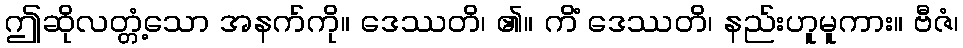
ဤဆိုလတ္တံ့သော အနက်ကို။ ဒေဿတိ၊ ၏။ ကိံ ဒေဿတိ၊ နည်းဟူမူကား။ ဗီဇံ၊